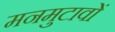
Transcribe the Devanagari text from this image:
मनमुटावों